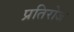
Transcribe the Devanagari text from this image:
प्रतिरोज